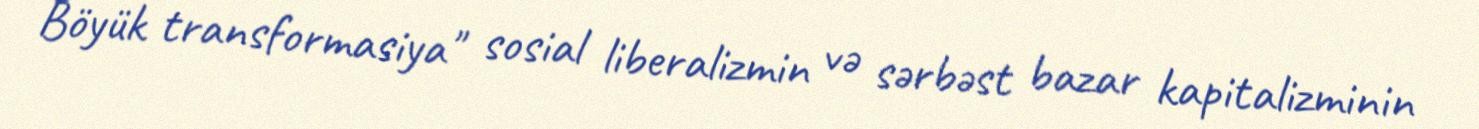
Böyük transformasiya" sosial liberalizmin və sərbəst bazar kapitalizminin